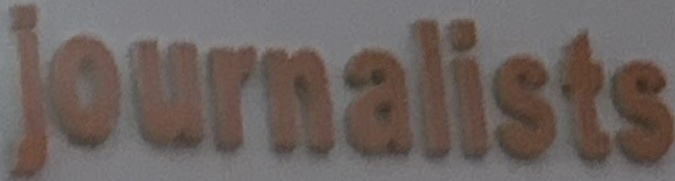
Journalists